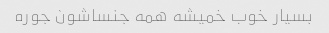
بسیار خوب خمیشه همه جنساشون جوره